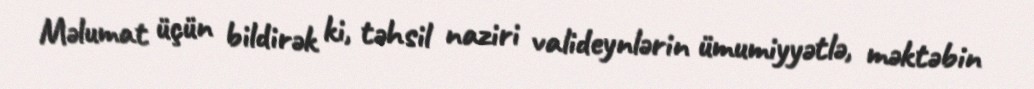
Məlumat üçün bildirək ki, təhsil naziri valideynlərin ümumiyyətlə, məktəbin